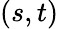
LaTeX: (s,t)